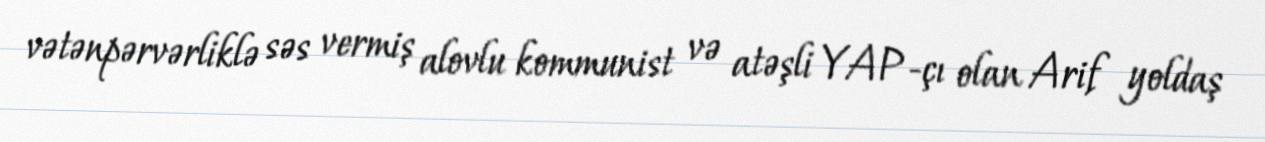
vətənpərvərliklə səs vermiş alovlu kommunist və atəşli YAP-çı olan Arif yoldaş